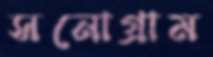
সনোগ্রাম